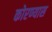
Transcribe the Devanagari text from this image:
कोरण्यास